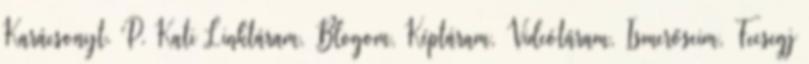
Karácsonyt. P. Kati Linktáram, Blogom, Képtáram, Videótáram, Ismerőseim, Fecsegj